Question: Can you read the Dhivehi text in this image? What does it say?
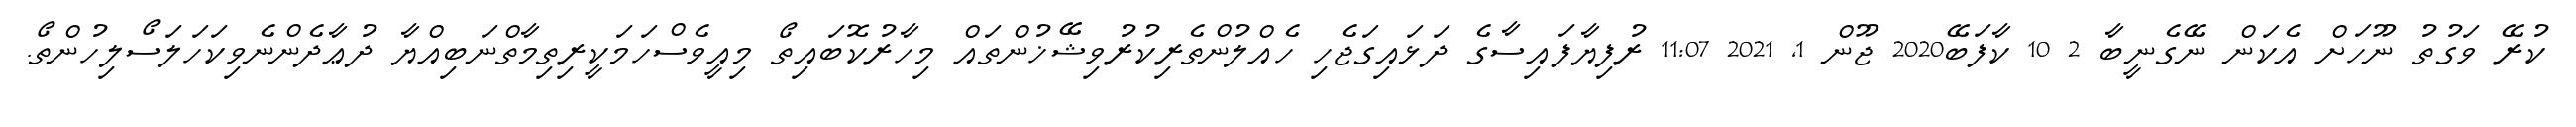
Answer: ކުރޭ ވަގުތު ނޫހަށް އެކަން ނޭގެނީބާ 2 10 ކާފަބޭ2020 ޖޫން 1, 2021 11:07 ރުފިޔާފައިސާގެ ދަޅައިގަޖެހި ހެއްލުންތެރިކުރުވިޝޭޚުންތައް މިހާރުކޮބައިތޯ މިއީވެސްހަމަކީރިތިމާތްނަބިއްޔާ ދުޢާދެންނެވިކަހަލަސޯލިހުންތޯ.